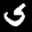
Label: 5